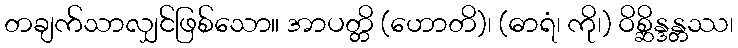
တချက်သာလျှင်ဖြစ်သော။ အာပတ္တိ (ဟောတိ)၊ (ဓာရံ၊ ကို၊) ဝိစ္ဆိန္ဒန္တဿ၊